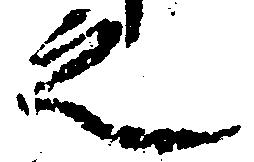
之